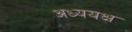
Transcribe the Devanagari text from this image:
अध्ययक्ष